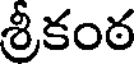
శ్రీకంఠ